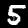
Label: 5